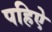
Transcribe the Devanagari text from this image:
पहिऐ